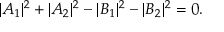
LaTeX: \quad | A _ { 1 } | ^ { 2 } + | A _ { 2 } | ^ { 2 } - | B _ { 1 } | ^ { 2 } - | B _ { 2 } | ^ { 2 } = 0 .